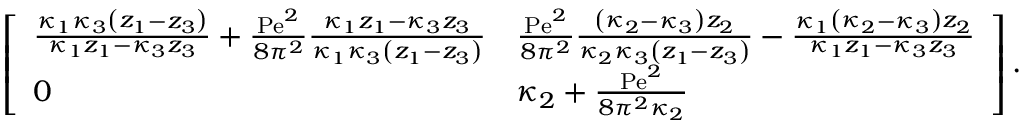
\begin{array} { r } { \left[ \begin{array} { l l } { \frac { \kappa _ { 1 } \kappa _ { 3 } \left( z _ { 1 } - z _ { 3 } \right) } { \kappa _ { 1 } z _ { 1 } - \kappa _ { 3 } z _ { 3 } } + \frac { \mathrm { P e } ^ { 2 } } { 8 \pi ^ { 2 } } \frac { \kappa _ { 1 } z _ { 1 } - \kappa _ { 3 } z _ { 3 } } { \kappa _ { 1 } \kappa _ { 3 } \left( z _ { 1 } - z _ { 3 } \right) } } & { \frac { \mathrm { P e } ^ { 2 } } { 8 \pi ^ { 2 } } \frac { \left( \kappa _ { 2 } - \kappa _ { 3 } \right) z _ { 2 } } { \kappa _ { 2 } \kappa _ { 3 } \left( z _ { 1 } - z _ { 3 } \right) } - \frac { \kappa _ { 1 } \left( \kappa _ { 2 } - \kappa _ { 3 } \right) z _ { 2 } } { \kappa _ { 1 } z _ { 1 } - \kappa _ { 3 } z _ { 3 } } } \\ { 0 } & { \kappa _ { 2 } + \frac { \mathrm { P e } ^ { 2 } } { 8 \pi ^ { 2 } \kappa _ { 2 } } } \end{array} \right] . } \end{array}